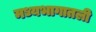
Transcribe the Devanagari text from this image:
मध्यभागातली